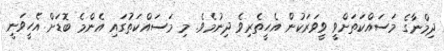
ދިމްނާގެ މަސައްކަތަށްވީ ވީވަރަކުން އެހީތެރިވެ ދިނުމެވެ. މި މަސައްކަތުގައި އެންމެ ބޮޑަށް އެހީވަނީ